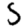
Digit: 5